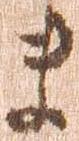
ま